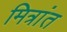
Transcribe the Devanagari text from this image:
मित्रांत